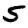
Digit: 5